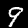
Digit: 9